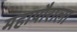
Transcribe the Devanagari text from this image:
महापौराला